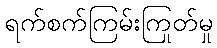
ရက်စက်ကြမ်းကြုတ်မှု